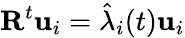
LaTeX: \mathbf{R}^{t}\mathbf{u}_{i}=\hat{\lambda}_{i}(t)\mathbf{u}_{i}